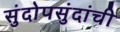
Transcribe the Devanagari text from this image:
सुंदोपसुंदांची